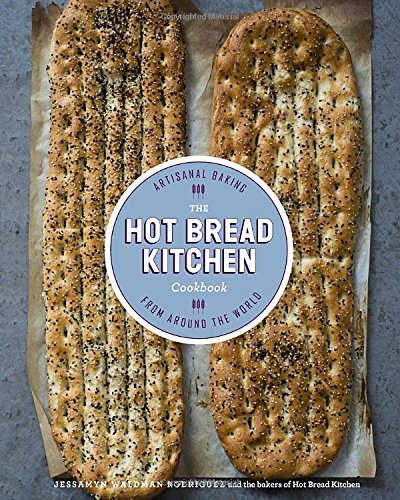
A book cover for The Hot Bread Kitchen Cookbook: Artisanal Baking from Around the World; Jessamyn Waldman Rodriguez; Cookbooks, Food & Wine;